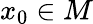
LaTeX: x_{0}\in M